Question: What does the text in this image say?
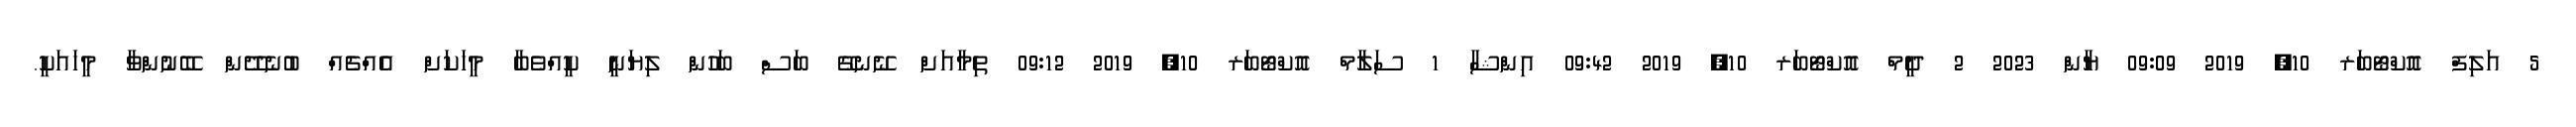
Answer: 5 އަލިފް އޮކްޓޯބަރ 10, 2019 09:09 ޔާން 2023 2 ދީމް އޮކްޓޯބަރ 10, 2019 09:42 އިންޝާ 1 ސަލާމް އޮކްޓޯބަރ 10, 2019 09:12 ތިމާއަށް ނޭނގޭ ބަސް ބަހުން ލިޔަނީ ކީއްވެބާ މީހަކަށް އެއްޗެއް ބުނެދޭން ބޭނުންވާ މީހައަކީ.